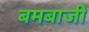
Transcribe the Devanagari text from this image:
बमबाजी